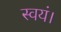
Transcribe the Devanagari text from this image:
स्वयं।